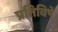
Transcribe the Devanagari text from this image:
प्रतिविषे